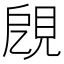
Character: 𧠞